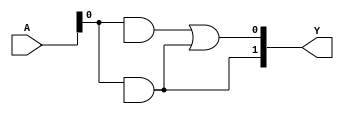
module jewel_pal (
    input wire [N-1:0] A, // N input signals
    output wire [M-1:0] Y // M output signals
);

// Parameters for the number of inputs and outputs
parameter N = 4; // Number of inputs (A, B, C, D)
parameter M = 2; // Number of outputs (Y1, Y2)

// Programmable AND array
// Each AND gate can be programmed to connect any combination of inputs
wire [N-1:0] and_out [0:M-1]; // Outputs of AND gates

// Example of programmable connections for AND gates
// You can modify these connections based on your programming method
assign and_out[0] = A & B; // AND gate 1: A AND B
assign and_out[1] = A & C; // AND gate 2: A AND C
// Add more AND gates as needed based on your design

// Fixed OR array
// Each output is driven by one or more AND gate outputs
assign Y[0] = and_out[0] | and_out[1]; // Output Y1: OR of AND gate 1 and 2
assign Y[1] = and_out[1]; // Output Y2: Directly from AND gate 2
// Add more OR connections as needed based on your design

endmodule